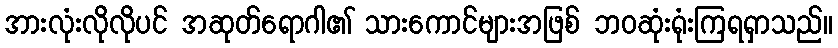
အားလုံးလိုလိုပင် အဆုတ်ရောဂါ၏ သားကောင်များအဖြစ် ဘဝဆုံးရုံးကြရရှာသည်။